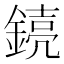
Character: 𫒸